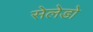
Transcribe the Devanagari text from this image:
सेलेडो